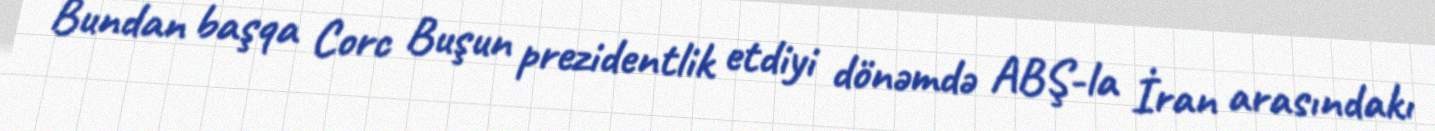
Bundan başqa Corc Buşun prezidentlik etdiyi dönəmdə ABŞ-la İran arasındakı